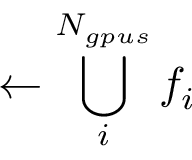
\gets \bigcup _ { i } ^ { N _ { g p u s } } f _ { i }